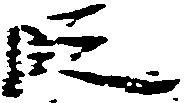
段